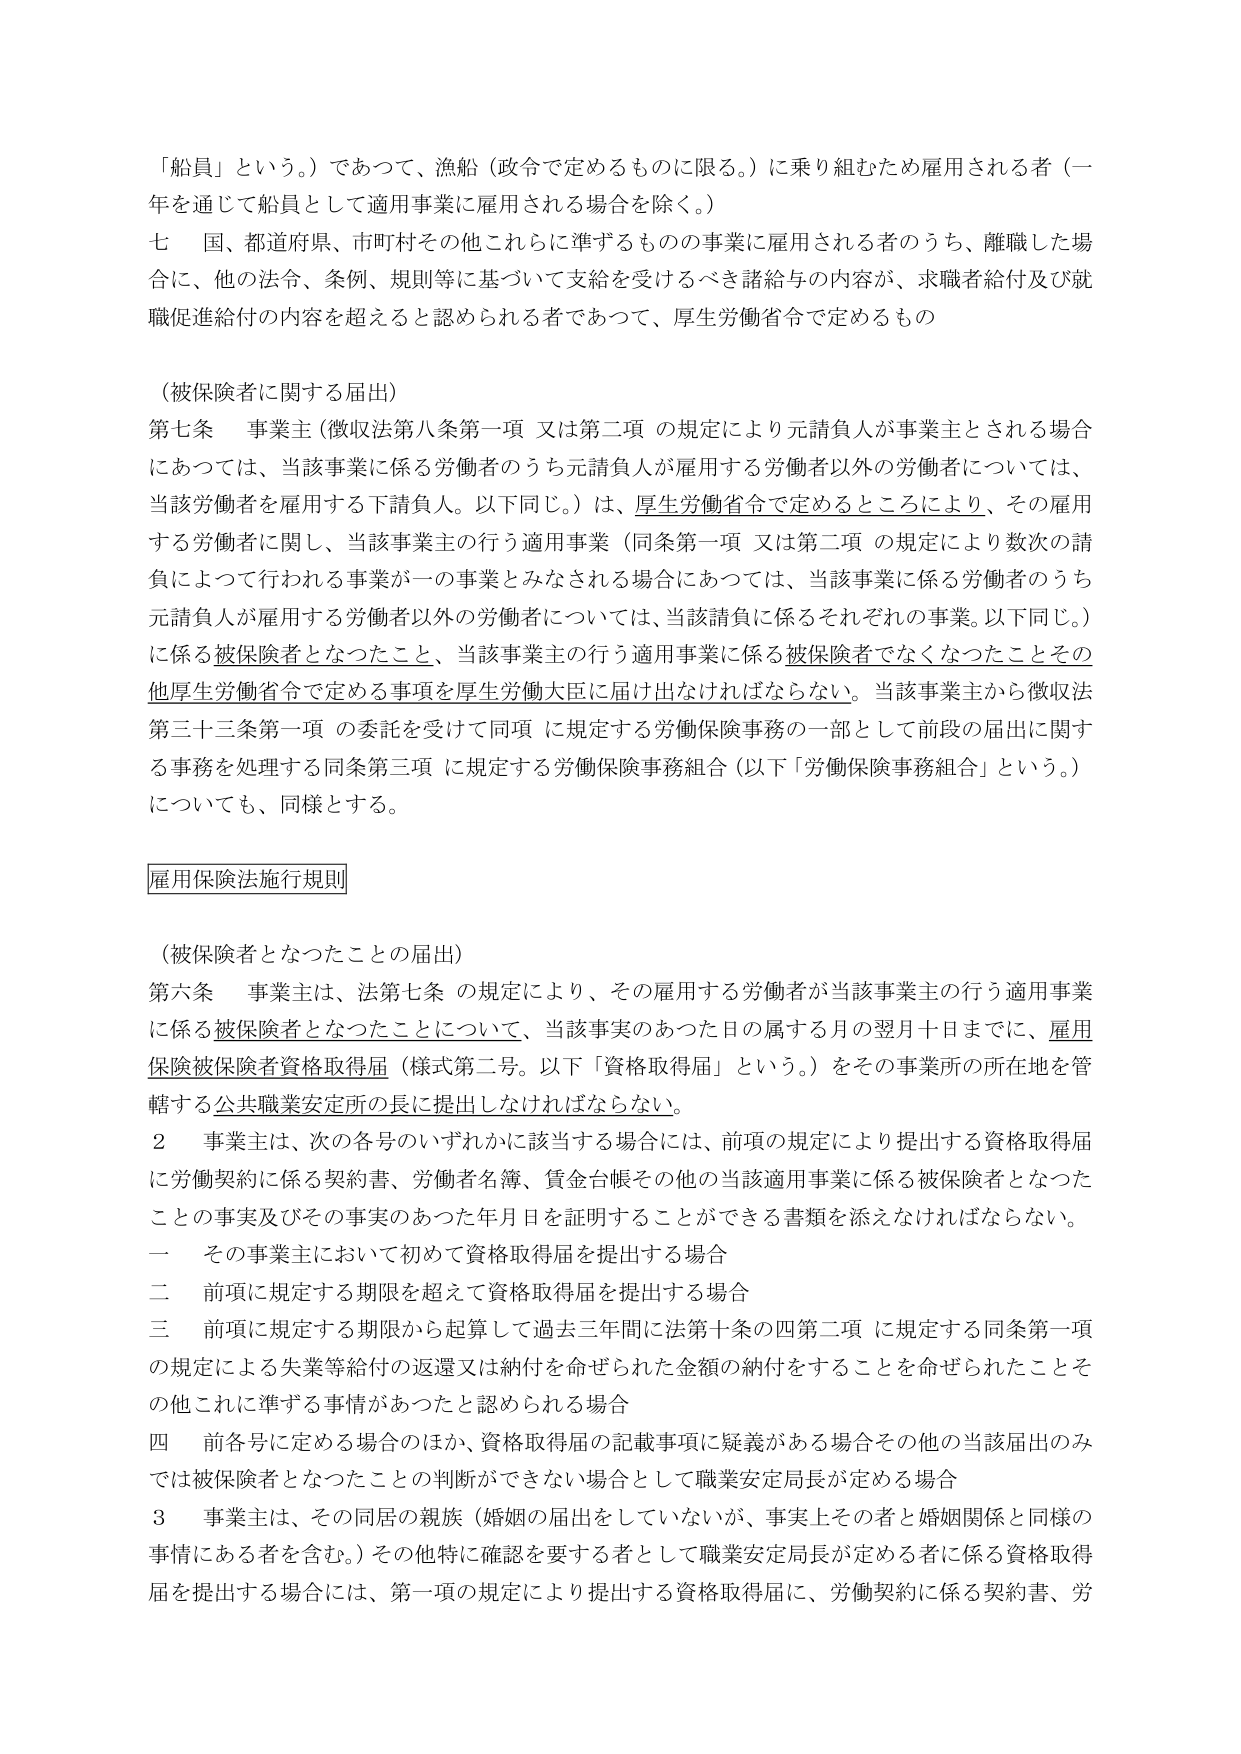
「船員」という。）であつて、漁船（政令で定めるものに限る。）に乗り組むため雇用される者（一年を通じて船員として適用事業に雇用される場合を除く。）

七　国、都道府県、市町村その他これらに準ずるもの の事業に雇用される者のうち、離職した場合に、他の法令、条例、規則等に基づいて支給を受けるべき諸給与の内容が、求職者給付及び就職促進給付の内容を超えると認められる者であつて、厚生労働省令で定めるもの

（被保険者に関する届出）

第七条　事業主（徴収法第八条第一項 又は第二項 の規定により元請負人が事業主とされる場合にあつては、当該事業に係る労働者のうち元請負人が雇用する労働者以外の労働者については、当該労働者を雇用する下請負人。以下同じ。）は、厚生労働省令で定めるところにより、その雇用する労働者に関し、当該事業主の行う適用事業（同条第一項 又は第二項 の規定により数次の請負によつて行われる事業が一の事業とみなされる場合にあつては、当該事業に係る労働者のうち元請負人が雇用する労働者以外の労働者については、当該請負に係るそれぞれの事業。以下同じ。）に係る被保険者となつたこと、当該事業主の行う適用事業に係る被保険者でなくなつたことその他厚生労働省令で定める事項を厚生労働大臣に届け出なければならない。当該事業主から徴収法第三十三条第一項 の委託を受けて同項 に規定する労働保険事務の一部として前段の届出に関する事務を処理する同条第三項 に規定する労働保険事務組合（以下「労働保険事務組合」という。）についても、同様とする。

雇用保険法施行規則

（被保険者となつたことの届出）

第六条　事業主は、法第七条 の規定により、その雇用する労働者が当該事業主の行う適用事業に係る被保険者となつたことについて、当該事実のあつた日の属する月の翌月十日までに、雇用保険被保険者資格取得届（様式第二号。以下「資格取得届」という。）をその事業所の所在地を管轄する公共職業安定所の長に提出しなければならない。

２　事業主は、次の各号のいずれかに該当する場合には、前項の規定により提出する資格取得届に労働契約に係る契約書、労働者名簿、賃金台帳その他の当該適用事業に係る被保険者となつたことの事実及びその事実のあつた年月日を証明することができる書類を添えなければならない。

一　その事業主において初めて資格取得届を提出する場合

二　前項に規定する期限を超えて資格取得届を提出する場合

三　前項に規定する期限から起算して過去三年間に法第十条の四第二項 に規定する同条第一項の規定による失業等給付の返還又は納付を命ぜられた金額の納付をすることを命ぜられたことその他これに準ずる事情があつたと認められる場合

四　前各号に定める場合のほか、資格取得届の記載事項に疑義がある場合その他当該届出のみでは被保険者となつたことの判断ができない場合として職業安定局長が定める場合

３　事業主は、その同居の親族（婚姻の届出をしていないが、事実上その者と婚姻関係と同様の事情にある者を含む。）その他特に確認を要する者として職業安定局長が定める者に係る資格取得届を提出する場合には、第一項の規定により提出する資格取得届に、労働契約に係る契約書、労